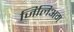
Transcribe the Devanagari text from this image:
जिलिअम